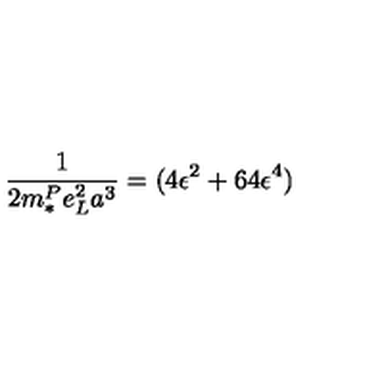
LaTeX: \frac { 1 } { 2 m _ { * } ^ { P } e _ { L } ^ { 2 } a ^ { 3 } } = ( 4 \epsilon ^ { 2 } + 6 4 \epsilon ^ { 4 } )